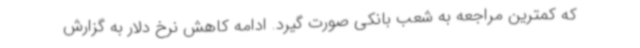
که کمترین مراجعه به شعب بانکی صورت گیرد. ادامه کاهش نرخ دلار به گزارش